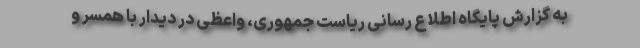
به گزارش پایگاه اطلاع رسانی ریاست جمهوری، واعظی در دیدار با همسر و